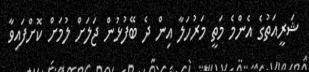
ޝަރީއަތުގެ އެންމެ މަތީ މަރުހަލާ އިން ދެ ބޭފުޅުން ޖަލަށް ލުމަށް ކޮށްފައިވާ